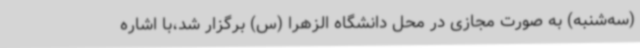
(سه‌شنبه) به صورت مجازی در محل دانشگاه الزهرا (س) برگزار شد،با اشاره